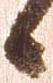
候